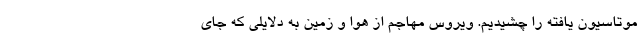
موتاسیون یافته را چشیدیم. ویروس مهاجم از هوا و زمین به دلایلی که جای